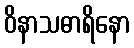
ဝိနာသဓာရိနော